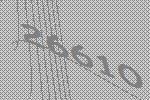
26610